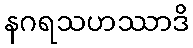
နဂရသဟဿာဒိ